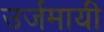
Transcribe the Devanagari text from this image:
उर्जमायी